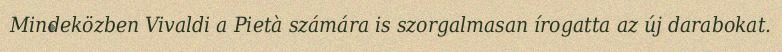
Mindeközben Vivaldi a Pietà számára is szorgalmasan írogatta az új darabokat.